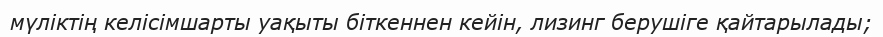
мүліктің келісімшарты уақыты біткеннен кейін, лизинг берушіге қайтарылады;